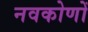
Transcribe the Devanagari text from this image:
नवकोणों